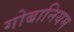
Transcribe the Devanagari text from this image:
गोबानियम